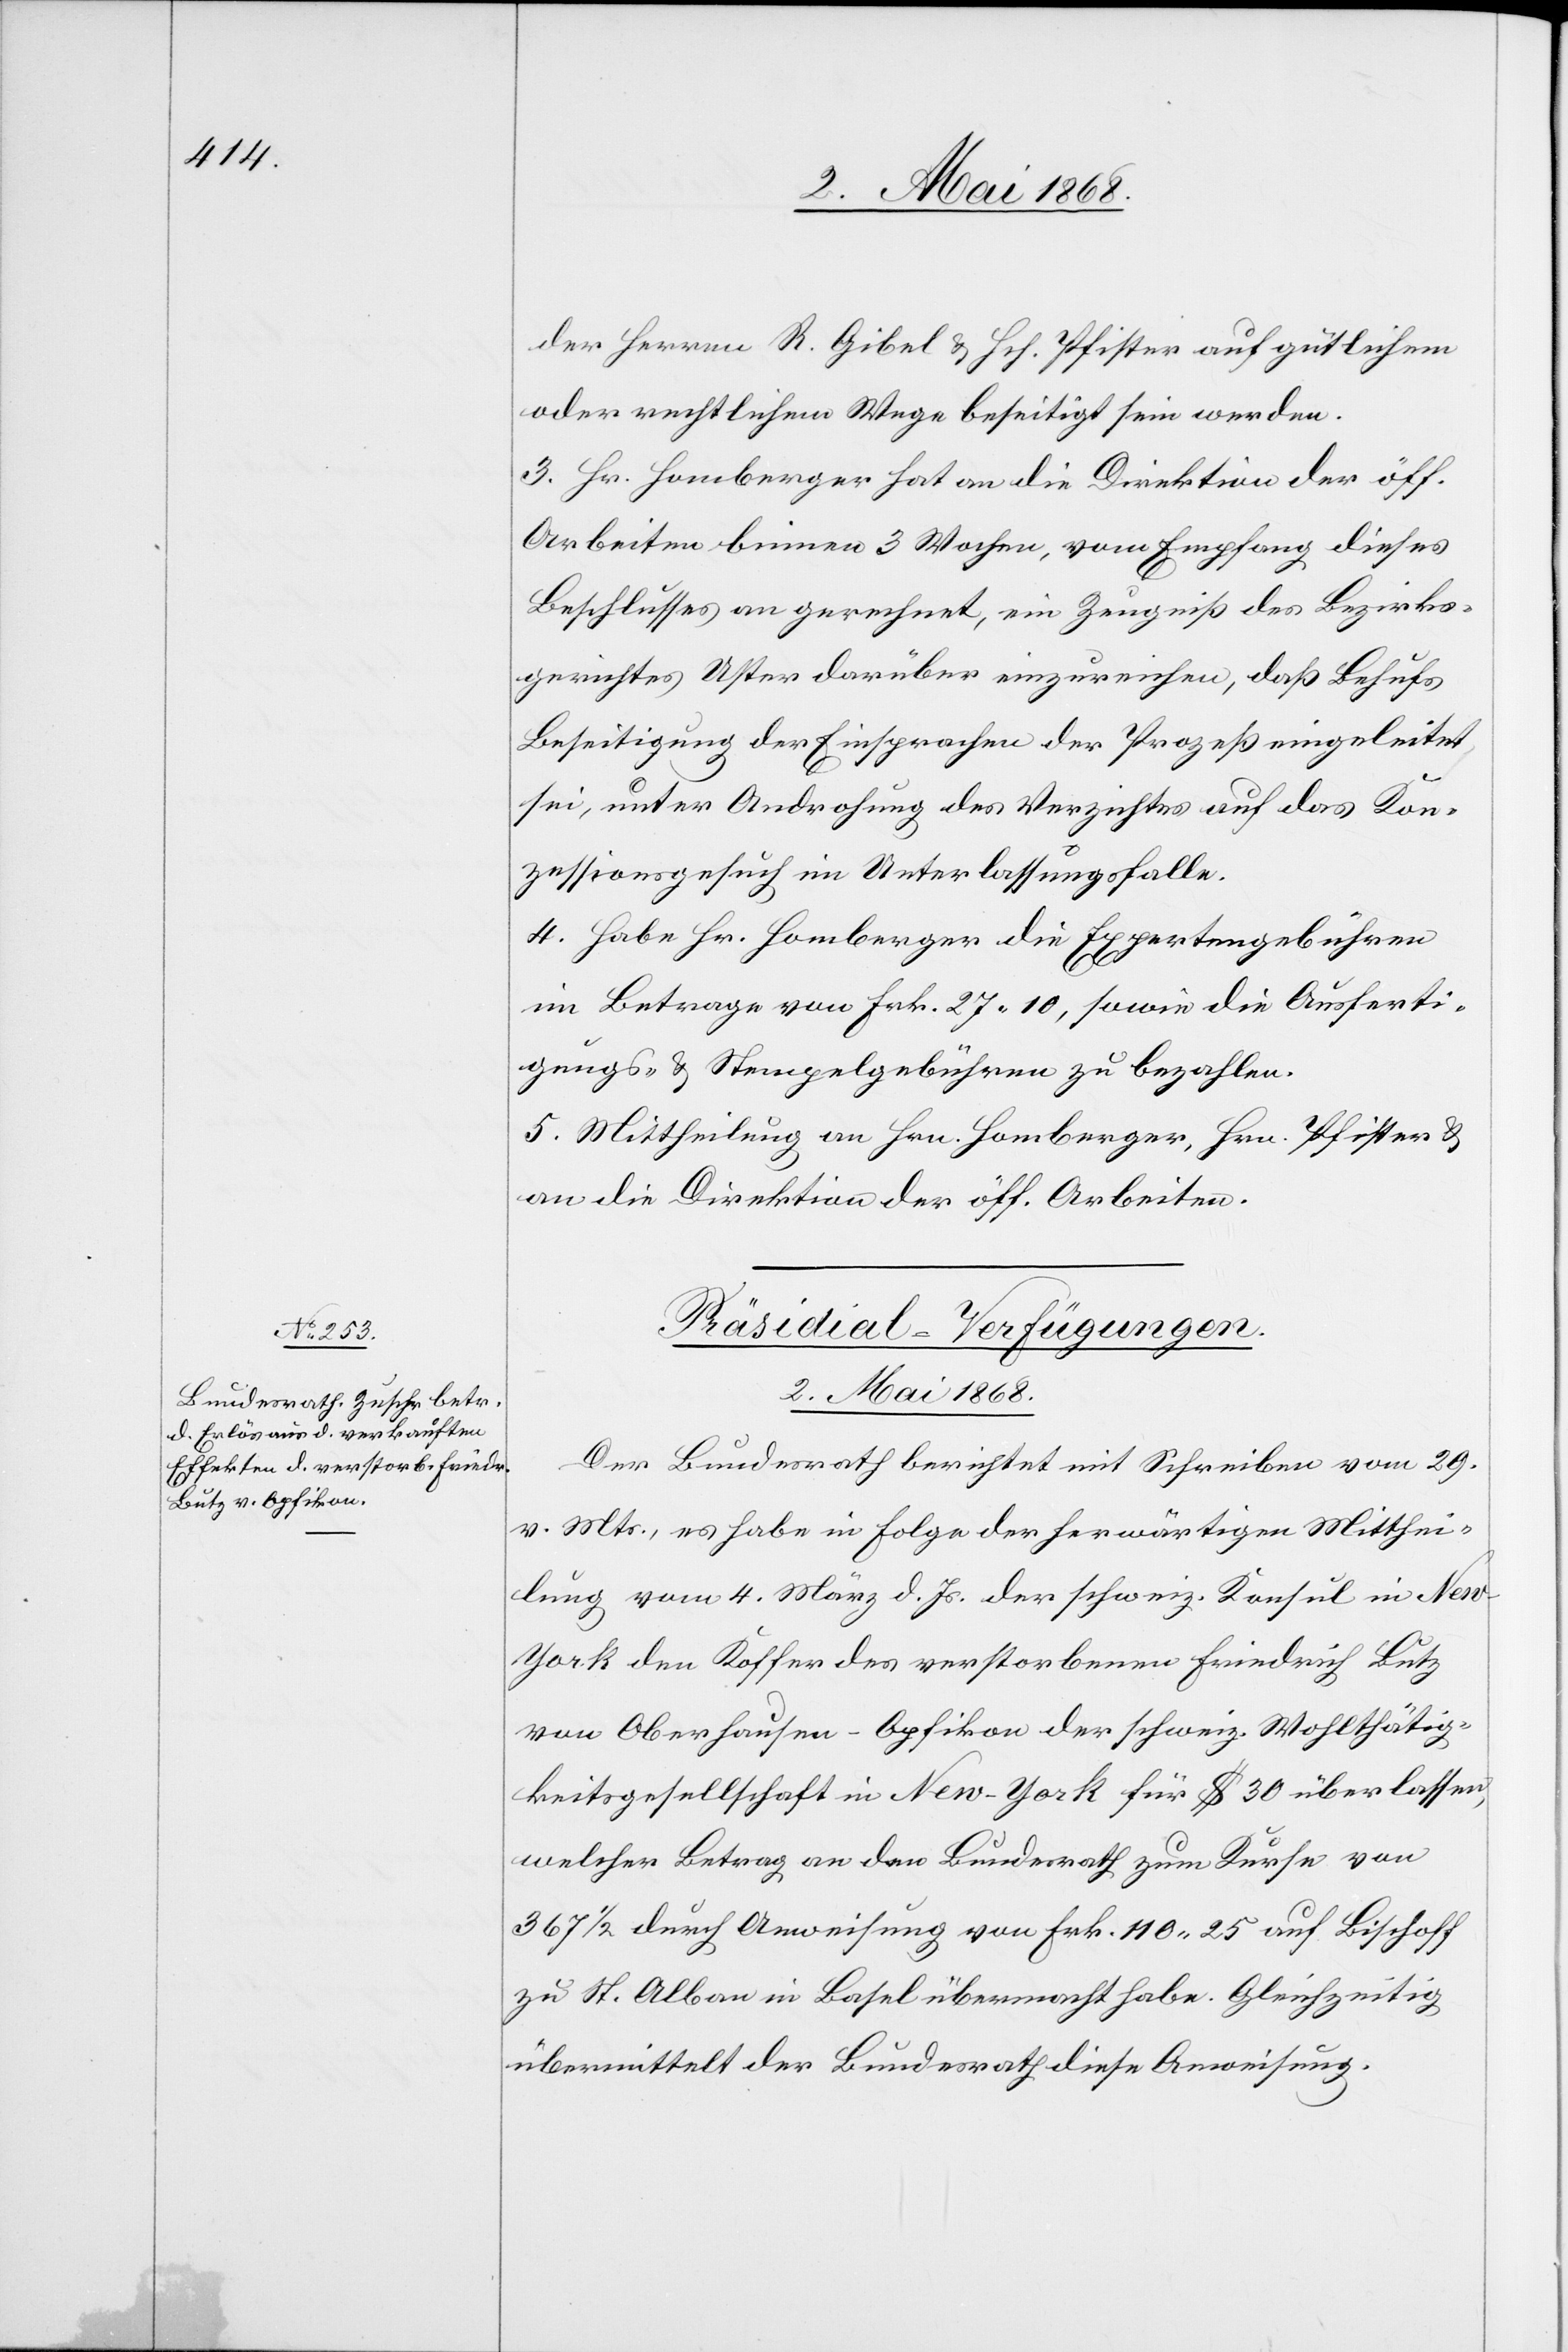
der Herren R. Gibel & Hch. Pfister auf gütlichem
oder rechtlichem Wege beseitigt sein werden.
3. Hr. Homberger hat an die Direktion der öff.
Arbeiten binnen 3 Wochen, vom Empfang dieses
Beschlusses an gerechnet, ein Zeugniß des Bezirks¬
gerichtes Uster darüber einzureichen, daß Behufs
Beseitigung der Einsprachen der Prozeß eingeleitet
sei, unter Androhung des Verzichtes auf das Kon¬
zessionsgesuch im Unterlassungsfalle.
4. Habe Hr. Homberger die Expertengebühren
im Betrage von Frk. 27. 10, sowie die Ausferti¬
gungs- & Stempelgebühren zu bezahlen.
5. Mittheilung an Hrn. Homberger, Hrn. Pfister &
an die Direktion der öff. Arbeiten.
Präsidial-Verfügungen.
2. Mai 1868.
Der Bundesrath berichtet mit Schreiben vom 29.
v. Mts., es habe in Folge der herwärtigen Mitthei¬
lung vom 4. März d. Js. der schweiz. Konsul in New-Y¬
ork den Koffer des verstorbenen Friedrich Butz
von Oberhausen-Opfikon der schweiz. Wohlthätig¬
keitsgesellschaft in New-York für $ 30 überlassen,
welcher Betrag an den Bundesrath zum Kurse von
367 1/2 durch Anweisung von Frk. 110. 25 auf Bischoff
zu St. Alban in Basel übermacht habe. Gleichzeitig
übermittelt der Bundesrath diese Anweisung.